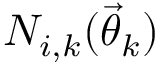
{ \cal N } _ { i , k } ( \ensuremath { \vec { \theta } } _ { k } )